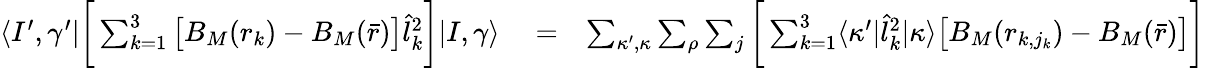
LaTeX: \begin{array}{rlr}{\langle I^{\prime},\gamma^{\prime}|\bigg[\sum_{k=1}^{3}\big[B_{M}(r_{k})-B_{M}(\bar{r})\big]\hat{l}_{k}^{2}\bigg]|I,\gamma\rangle}&{{}=}&{\sum_{\kappa^{\prime},\kappa}\sum_{\rho}\sum_{j}\bigg[\sum_{k=1}^{3}\langle\kappa^{\prime}|\hat{l}_{k}^{2}|\kappa\rangle\big[B_{M}(r_{k,j_{k}})-B_{M}(\bar{r})\big]\bigg]}\end{array}